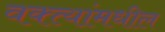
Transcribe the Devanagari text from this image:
वक्त्यांमधील